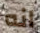
انه